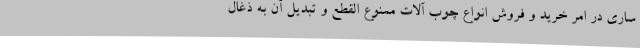
ساری در امر خرید و فروش انواع چوب آلات ممنوع القطع و تبدیل آن به ذغال